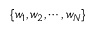
\{ w _ { 1 } , w _ { 2 } , \cdots , w _ { N } \}